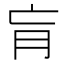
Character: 肓